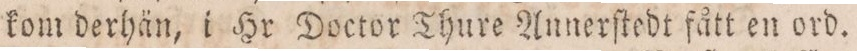
kom derhän, i Hr Doctor Thure Annerſtedt fått en ord.